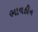
ભાવહીન